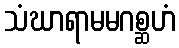
သံဃာရာမမဂစ္ဆဟံ